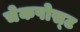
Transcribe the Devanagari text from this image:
चेकपोस्‍ट